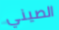
الصيني